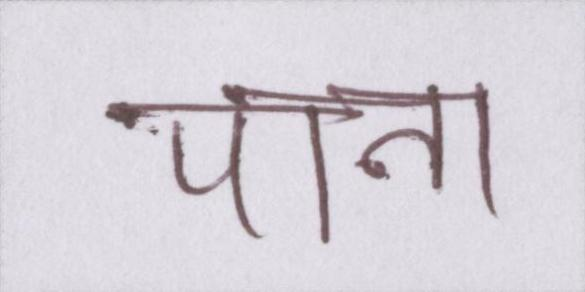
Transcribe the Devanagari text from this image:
पाना